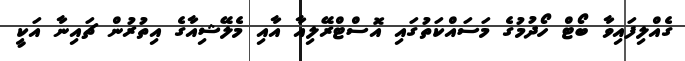
ގެއްލިފައިވާ ބޯޓް ހޯދުމުގެ މަސައްކަތުގައި އޮސްޓްރޭލިއާ އާއި މެލޭޝިއާގެ އިތުރުން ޗައިނާ އަކީ